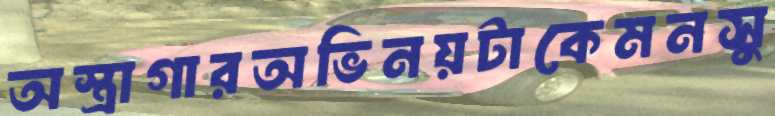
অস্ত্রাগারঅভিনয়টাকেমনসু